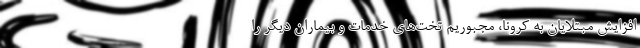
افزایش مبتلایان به کرونا، مجبوریم تخت‌های خدمات و بیماران دیگر را